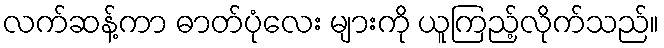
လက်ဆန့်ကာ ဓာတ်ပုံလေး များကို ယူကြည့်လိုက်သည်။